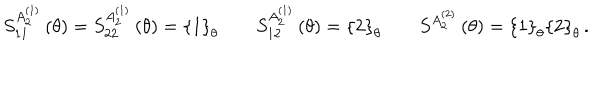
S _ { 1 1 } ^ { A _ { 2 } ^ { ( 1 ) } } \left( \theta \right) = S _ { 2 2 } ^ { A _ { 2 } ^ { ( 1 ) } } \left( \theta \right) = \left\{ 1 \right\} _ { \theta } \qquad S _ { 1 2 } ^ { A _ { 2 } ^ { ( 1 ) } } \left( \theta \right) = \left\{ 2 \right\} _ { \theta } \qquad S ^ { A _ { 2 } ^ { ( 2 ) } } \left( \theta \right) = \left\{ 1 \right\} _ { \theta } \left\{ 2 \right\} _ { \theta } \, .